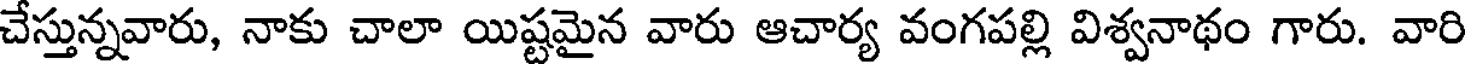
చేస్తున్నవారు, నాకు చాలా యిష్టమైన వారు ఆచార్య వంగపల్లి విశ్వనాథం గారు. వారి